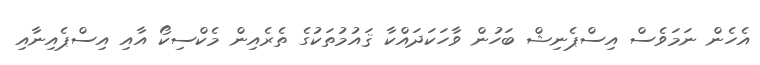
އެހެން ނަމަވެސް އިސްޕެނިޝް ބަހުން ވާހަކަދައްކާ ޤައުމުތަކުގެ ތެރެއިން މެކްސިކޯ އާއި އިސްޕެއިނާއި